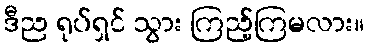
ဒီည ရုပ်ရှင် သွား ကြည့်ကြမလား။